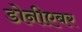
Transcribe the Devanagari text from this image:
डोनीएबर